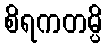
စိရကတမ္ပိ